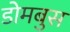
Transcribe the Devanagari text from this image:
डोमबुस